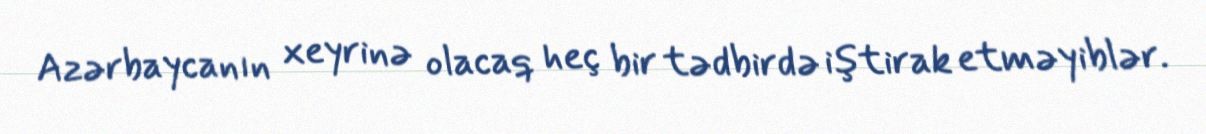
Azərbaycanın xeyrinə olacaq heç bir tədbirdə iştirak etməyiblər.